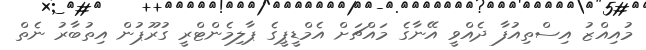
މުއިއްޒު އިސްތިއުފާ ދެއްވީ އޭނާގެ މައްޗަށް އެމްޑީޕީގެ ޕާލިމެންޓްރީ ގުރޫޕުން އިތުބާރު ނެތް